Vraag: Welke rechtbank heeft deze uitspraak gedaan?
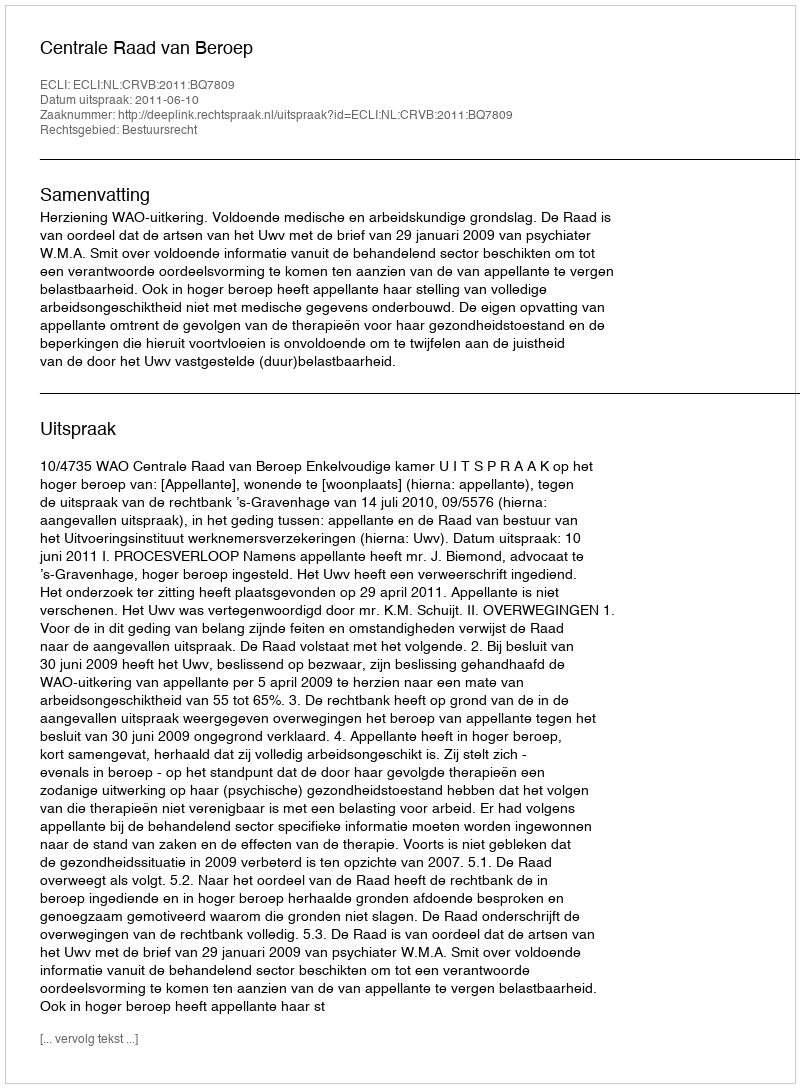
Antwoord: Centrale Raad van Beroep